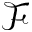
\mathcal { F }